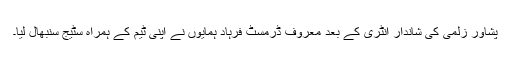
پشاور زلمی کی شاندار انٹری کے بعد معروف ڈرمسٹ فرہاد ہمایوں نے اپنی ٹیم کے ہمراہ سٹیج سنبھال لیا۔